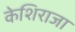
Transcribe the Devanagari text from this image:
केशिराजा